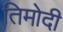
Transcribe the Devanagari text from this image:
तिमोदी